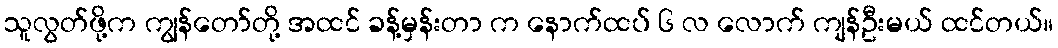
သူလွတ်ဖို့က ကျွန်တော်တို့ အထင် ခန့်မှန်းတာ က နောက်ထပ် ၆ လ လောက် ကျန်ဦးမယ် ထင်တယ်။